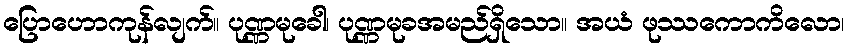
ပြောဟောကုန်လျက်။ ပုဏ္ဏမုခေါ၊ ပုဏ္ဏမုခအမည်ရှိသော။ အယံ ဖုဿကောကိလော၊